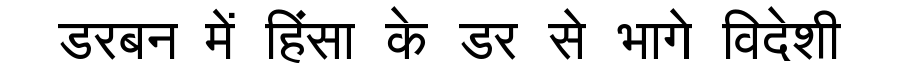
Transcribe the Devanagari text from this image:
डरबन में हिंसा के डर से भागे विदेशी